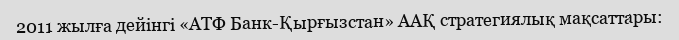
2011 жылға дейінгі «АТФ Банк-Қырғызстан» ААҚ стратегиялық мақсаттары: